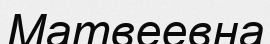
Матвеевна